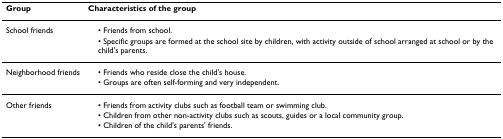
| Group | Characteristics of the group |
 | --- | --- |
 | School friends | • Friends from school. |
 |  | • Specific groups are formed at the school site by children, with activity outside of school arranged at school or by the child's parents. |
 | Neighborhood friends | • Friends who reside close the child's house. |
 |  | • Groups are often self-forming and very independent. |
 | Other friends | • Friends from activity clubs such as football team or swimming club. |
 |  | • Children from other non-activity clubs such as scouts, guides or a local community group. |
 |  | • Children of the child's parents' friends. |